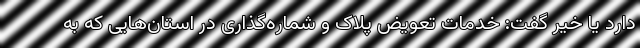
دارد یا خیر گفت: خدمات تعویض پلاک و شماره‌گذاری در استان‌هایی که به